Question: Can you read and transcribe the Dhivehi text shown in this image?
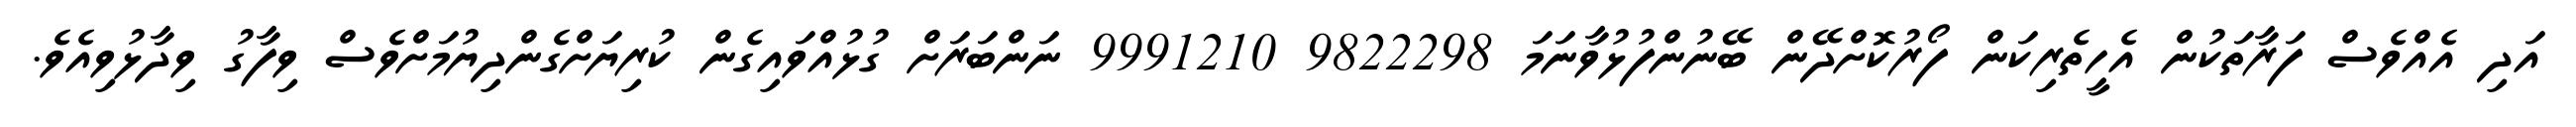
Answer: އަދި އެއްވެސް ފަރާތަކުން އެހީތެރިކަން ފޯރުކޮށްދޭން ބޭނުންފުޅުވާނަމަ 9822298 9991210 ނަންބަރަށް ގުޅުއްވައިގެން ކުރިޔަށްގެންދިޔުމަށްވެސް ވިފާގު ވިދާޅުވިއެވެ.